Annual report on the working of the mental hospitals in the Madras Presidency - 1912-1932
Year: 1912
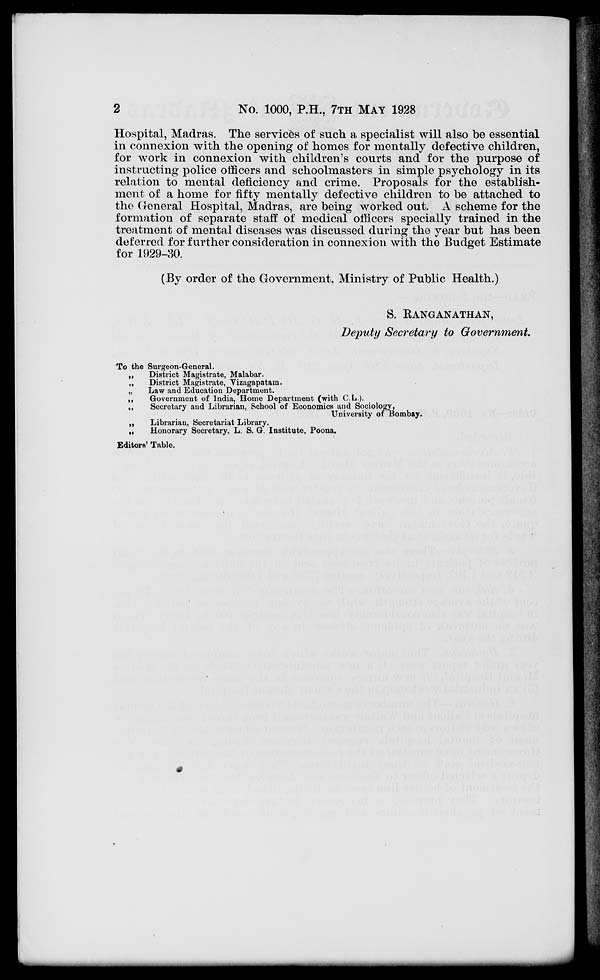
2
No. 1000, P.H., 7TH MAY 1928
Hospital, Madras. The services of such a specialist will also be essential
in connexion with the opening of homes for mentally defective children,
for work in connexion with children's courts and for the purpose of
instructing police officers and schoolmasters in simple psychology in its
relation to mental deficiency and crime. Proposals for the establish-
ment of a home for fifty mentally defective children to be attached to
the General Hospital, Madras, are being worked out. A scheme for the
formation of separate staff of medical officers specially trained in the
treatment of mental diseases was discussed during the year but has been
deferred for further consideration in connexion with the Budget Estimate
for 1929-30.
(By order of the Government, Ministry of Public Health.)
S. RANGANATHAN,
Deputy Secretary to Government.
To the Surgeon-General.
„
District Magistrate, Malabar.
„
District Magistrate, Vizagapatam.
„
Law and Education Department.
„
Government of India, Home Department (with C.L.).
„
Secretary and Librarian, School of Economics and Sociology,
University of Bombay.
„
Librarian, Secretariat Library.
„
Honorary Secretary, L. S. G. Institute, Poona.
Editors' Table.